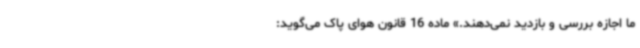
ما اجازه بررسی و بازدید نمی‌دهند.» ماده 16 قانون هوای پاک می‌گوید: